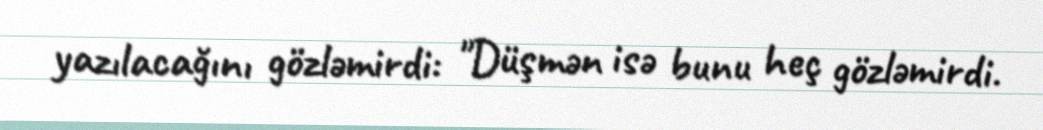
yazılacağını gözləmirdi: "Düşmən isə bunu heç gözləmirdi.